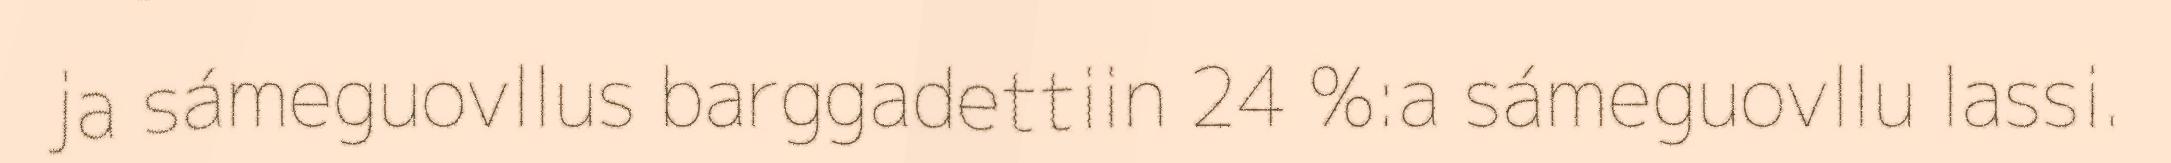
ja sámeguovllus barggadettiin 24 %:a sámeguovllu lassi.